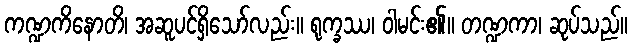
ကဏ္ဍကိနောတိ၊ အဆူပင်ရှိသော်လည်း။ ရုက္ခဿ၊ ဝါမင်း၏။ တဏ္ဍကာ၊ ဆုပ်သည်။